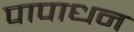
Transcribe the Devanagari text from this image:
पापाधन